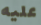
عليه